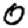
Digit: 0